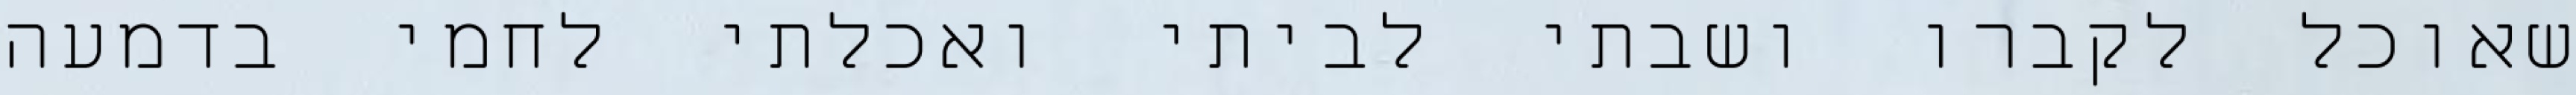
שאוכל לקברו ושבתי לביתי ואכלתי לחמי בדמעה